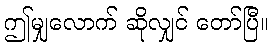
ဤမျှလောက် ဆိုလျှင် တော်ပြီ။